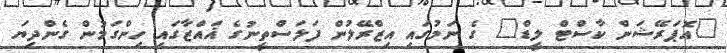
"އޮޕަރޭޝަން ކާސްޓް ލީޑް" ގެ ނަމުގައި އިޒްރޭލުން ފަލަސްތީނުގެ ޣައްޒާގައި ހިންގަމުން ގެންދިޔަ